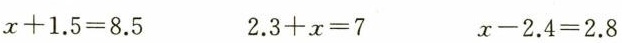
$$x + 1.5 = 8.5$$ $$2.3 + x = 7$$ $$x - 2.4 = 2.8$$